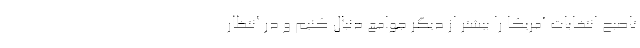
تاصبح انتخابات آمریکا را بیشتر از دیگر جوامع دنبال کنیم و در انتظار